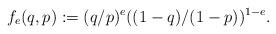
LaTeX: \begin{align*} f_{e}(q,p) := (q/p)^{e} ( (1-q)/(1-p) )^{1- e}. \end{align*}